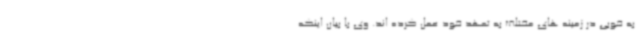
به خوبی در زمینه های مختلف به تعهد خود عمل کرده اند. وی با بیان اینکه